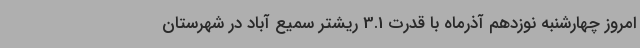
امروز چهارشنبه نوزدهم آذرماه با قدرت 3.1 ریشتر سمیع آباد در شهرستان